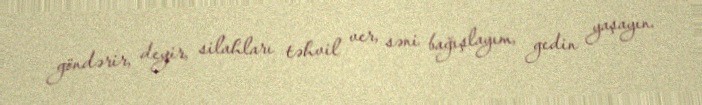
göndərir, deyir, silahları təhvil ver, səni bağışlayım, gedin yaşayın.